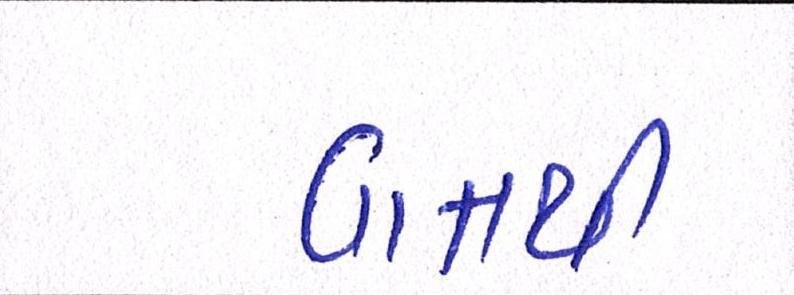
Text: વાતથી